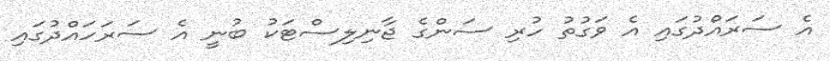
އެ ސަރައްދުގައި އެ ވަގުތު ހުރި ސަންގެ ޖާނިލިސްޓަކު ބުނީ އެ ސަރަހައްދުގައި